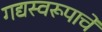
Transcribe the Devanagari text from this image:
गद्यस्वरूपाचे